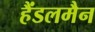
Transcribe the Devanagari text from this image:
हैंडलमैन